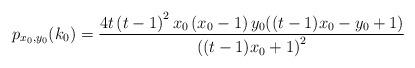
LaTeX: \begin{align*}p_{x_{0},y_{0}}(k_{0})=\dfrac{4t\left( t-1\right) ^{2}x_{0}\left(x_{0}-1\right) y_{0}{\large (}(t-1)x_{0}-y_{0}+1{\large )}}{{\large (}(t-1)x_{0}+1{\large )}^{2}} \end{align*}